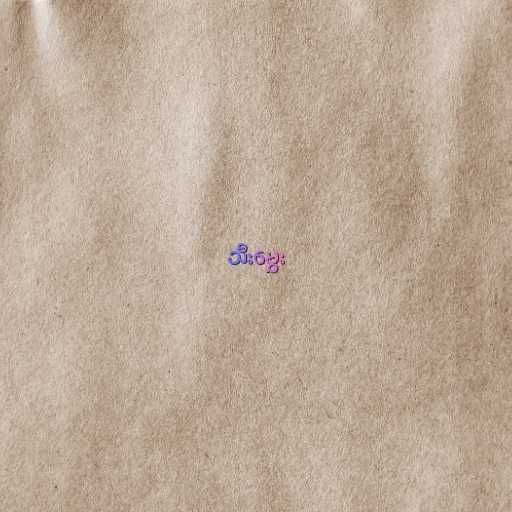
သီးမွှေး